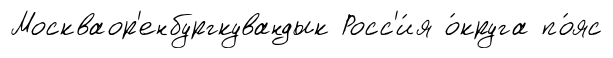
Москваор'енбургкувандык Росс'и́я о́круга по́яс